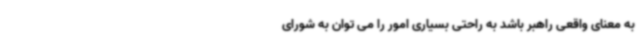
به معنای واقعی راهبر باشد به راحتی بسیاری امور را می توان به شورای